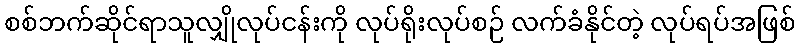
စစ်ဘက်ဆိုင်ရာသူလျှိုလုပ်ငန်းကို လုပ်ရိုးလုပ်စဉ် လက်ခံနိုင်တဲ့ လုပ်ရပ်အဖြစ်